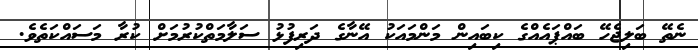
ނެތޭ ބަލިޖެހޭ ބައްޕައެއްގެ ކިބައިން މަންމައަކު އޭނާގެ ދަރިފުޅު ސަލާމަތްކުރުމަށް ކުރާ މަސައްކަތެވެ.